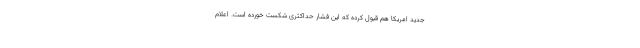
جدید امریکا هم قبول کرده که این فشار حداکثری شکست خورده است. اعلام